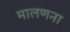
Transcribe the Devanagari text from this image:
मालणना